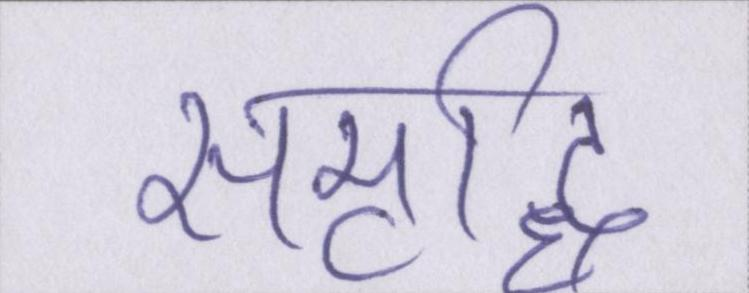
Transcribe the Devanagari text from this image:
समृद्धि